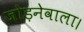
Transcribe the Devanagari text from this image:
जोड़नेवाला।